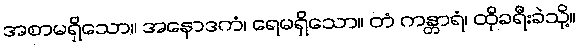
အစာမရှိသော။ အနောဒကံ၊ ရေမရှိသော။ တံ ကန္တာရံ၊ ထိုခရီးခဲသို့။